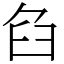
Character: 臽